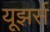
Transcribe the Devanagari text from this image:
यूझर्स